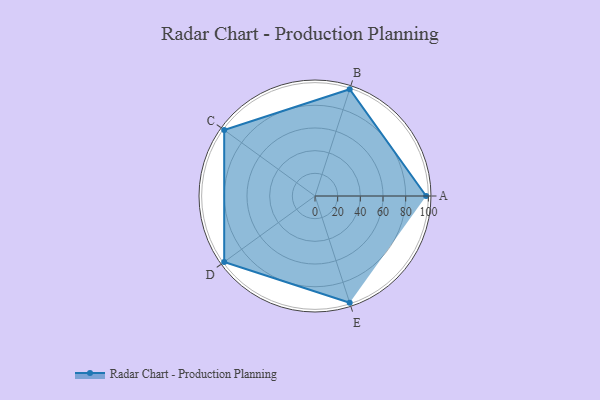
{"axis": {"x": "Skill", "y": "Score"}, "legend": ["Profile"], "data": [{"x": "A", "y": 98.0, "type": "Profile"}, {"x": "B", "y": 99, "type": "Profile"}, {"x": "C", "y": 99, "type": "Profile"}, {"x": "D", "y": 99, "type": "Profile"}, {"x": "E", "y": 99, "type": "Profile"}]}